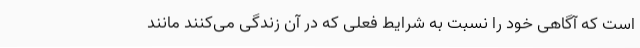
است که آگاهی خود را نسبت به شرایط فعلی که در آن زندگی می‌کنند مانند